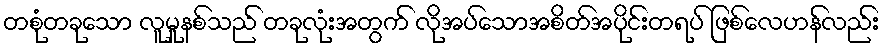
တစုံတခုသော လူမှုနစ်သည် တခုလုံးအတွက် လိုအပ်သောအစိတ်အပိုင်းတရပ် ဖြစ်လေဟန်လည်း